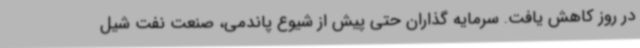
در روز کاهش یافت. سرمایه گذاران حتی پیش از شیوع پاندمی، صنعت نفت شیل